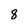
Character: 8